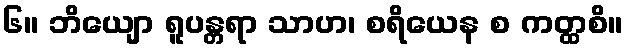
၆။ ဘိယျော ရူပန္တရာ သာဟ၊ စရိယေန စ ကတ္ထစိ။